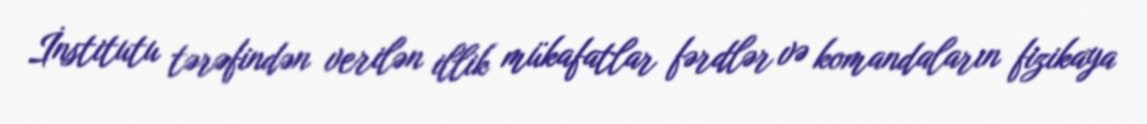
İnstitutu tərəfindən verilən illik mükafatlar fərdlər və komandaların fizikaya